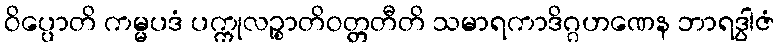
ဝိပ္ပောတိ ကမ္မပဒံ ပက္ကုလဉ္စာတိဝတ္တတီတိ သမာရကာဒိဂ္ဂဟဏေန ဘာရဒွါဇံ